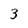
Character: 3